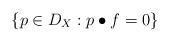
LaTeX: \begin{align*}\left\{p\in D_X: p\bullet f=0\right\}\end{align*}